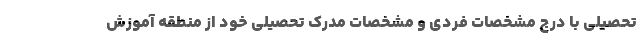
تحصیلی با درج مشخصات فردی و مشخصات مدرک تحصیلی خود از منطقه آموزش